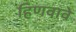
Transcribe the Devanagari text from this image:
हिणवावे